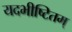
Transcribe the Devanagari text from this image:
यदभीष्टितम्